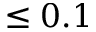
\leq 0 . 1